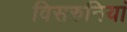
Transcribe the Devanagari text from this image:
विसरुनियां